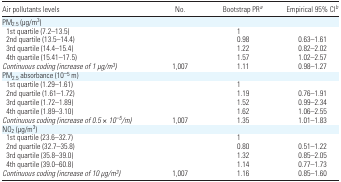
| Air pollutants levels | No. | Bootstrap PRa | Empirical 95% CIb |
 | --- | --- | --- | --- |
 | <COLSPAN=4> PM2.5 (μg/m3) |
 | 1st quartile (7.2–13.5) |  | 1 |  |
 | 2nd quartile (13.5–14.4) |  | 0.98 | 0.63–1.61 |
 | 3rd quartile (14.4–15.4) |  | 1.22 | 0.82–2.02 |
 | 4th quartile (15.41–17.5) |  | 1.57 | 1.02–2.57 |
 | Continuous coding (increase of 1 μg/m3) | 1,007 | 1.11 | 0.98–1.27 |
 | <COLSPAN=4> PM2.5 absorbance (10−5 m) |
 | 1st quartile (1.29–1.61) |  | 1 |  |
 | 2nd quartile (1.61–1.72) |  | 1.19 | 0.76–1.91 |
 | 3rd quartile (1.72–1.89) |  | 1.52 | 0.99–2.34 |
 | 4th quartile (1.89–3.10) |  | 1.62 | 1.06–2.55 |
 | Continuous coding (increase of 0.5 × 10−5/m) | 1,007 | 1.35 | 1.01–1.83 |
 | <COLSPAN=4> NO2 (μg/m3) |
 | 1st quartile (23.6–32.7) |  | 1 |  |
 | 2nd quartile (32.7–35.8) |  | 0.80 | 0.51–1.22 |
 | 3rd quartile (35.8–39.0) |  | 1.32 | 0.85–2.05 |
 | 4th quartile (39.0–60.8) |  | 1.14 | 0.77–1.73 |
 | Continuous coding (increase of 10 μg/m3) | 1,007 | 1.16 | 0.85–1.60 |